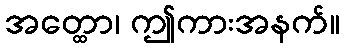
အတ္ထော၊ ဤကားအနက်။